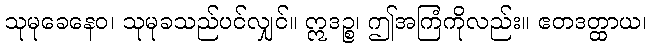
သုမုခေနေဝ၊ သုမုခသည်ပင်လျှင်။ ဣဒဉ္စ၊ ဤအကြံကိုလည်း။ ဧတဒတ္ထာယ၊